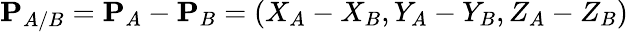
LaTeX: \mathbf{P}_{A/B}=\mathbf{P}_{A}-\mathbf{P}_{B}=\left(X_{A}-X_{B},Y_{A}-Y_{B},Z_{A}-Z_{B}\right)